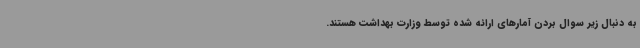
به دنبال زیر سوال بردن آمارهای ارائه شده توسط وزارت بهداشت هستند.